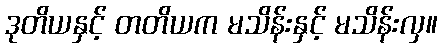
ဒုတိယနှင့် တတိယက မသိန်းနှင့် မသိန်းလှ။